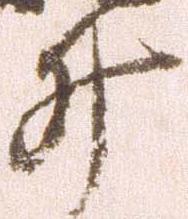
井